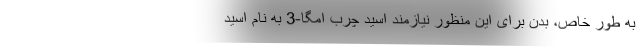
به طور خاص، بدن برای این منظور نیازمند اسید چرب امگا-3 به نام اسید